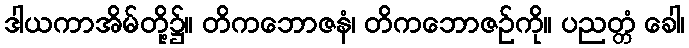
ဒါယကာအိမ်တို့၌။ တိကဘောဇနံ၊ တိကဘောဇဉ်ကို။ ပညတ္တံ ခေါ၊